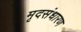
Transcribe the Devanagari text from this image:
मृदसंधारण